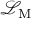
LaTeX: { \mathcal { L } } _ { \mathrm { M } }